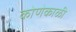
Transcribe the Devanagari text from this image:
कोणेकाळी